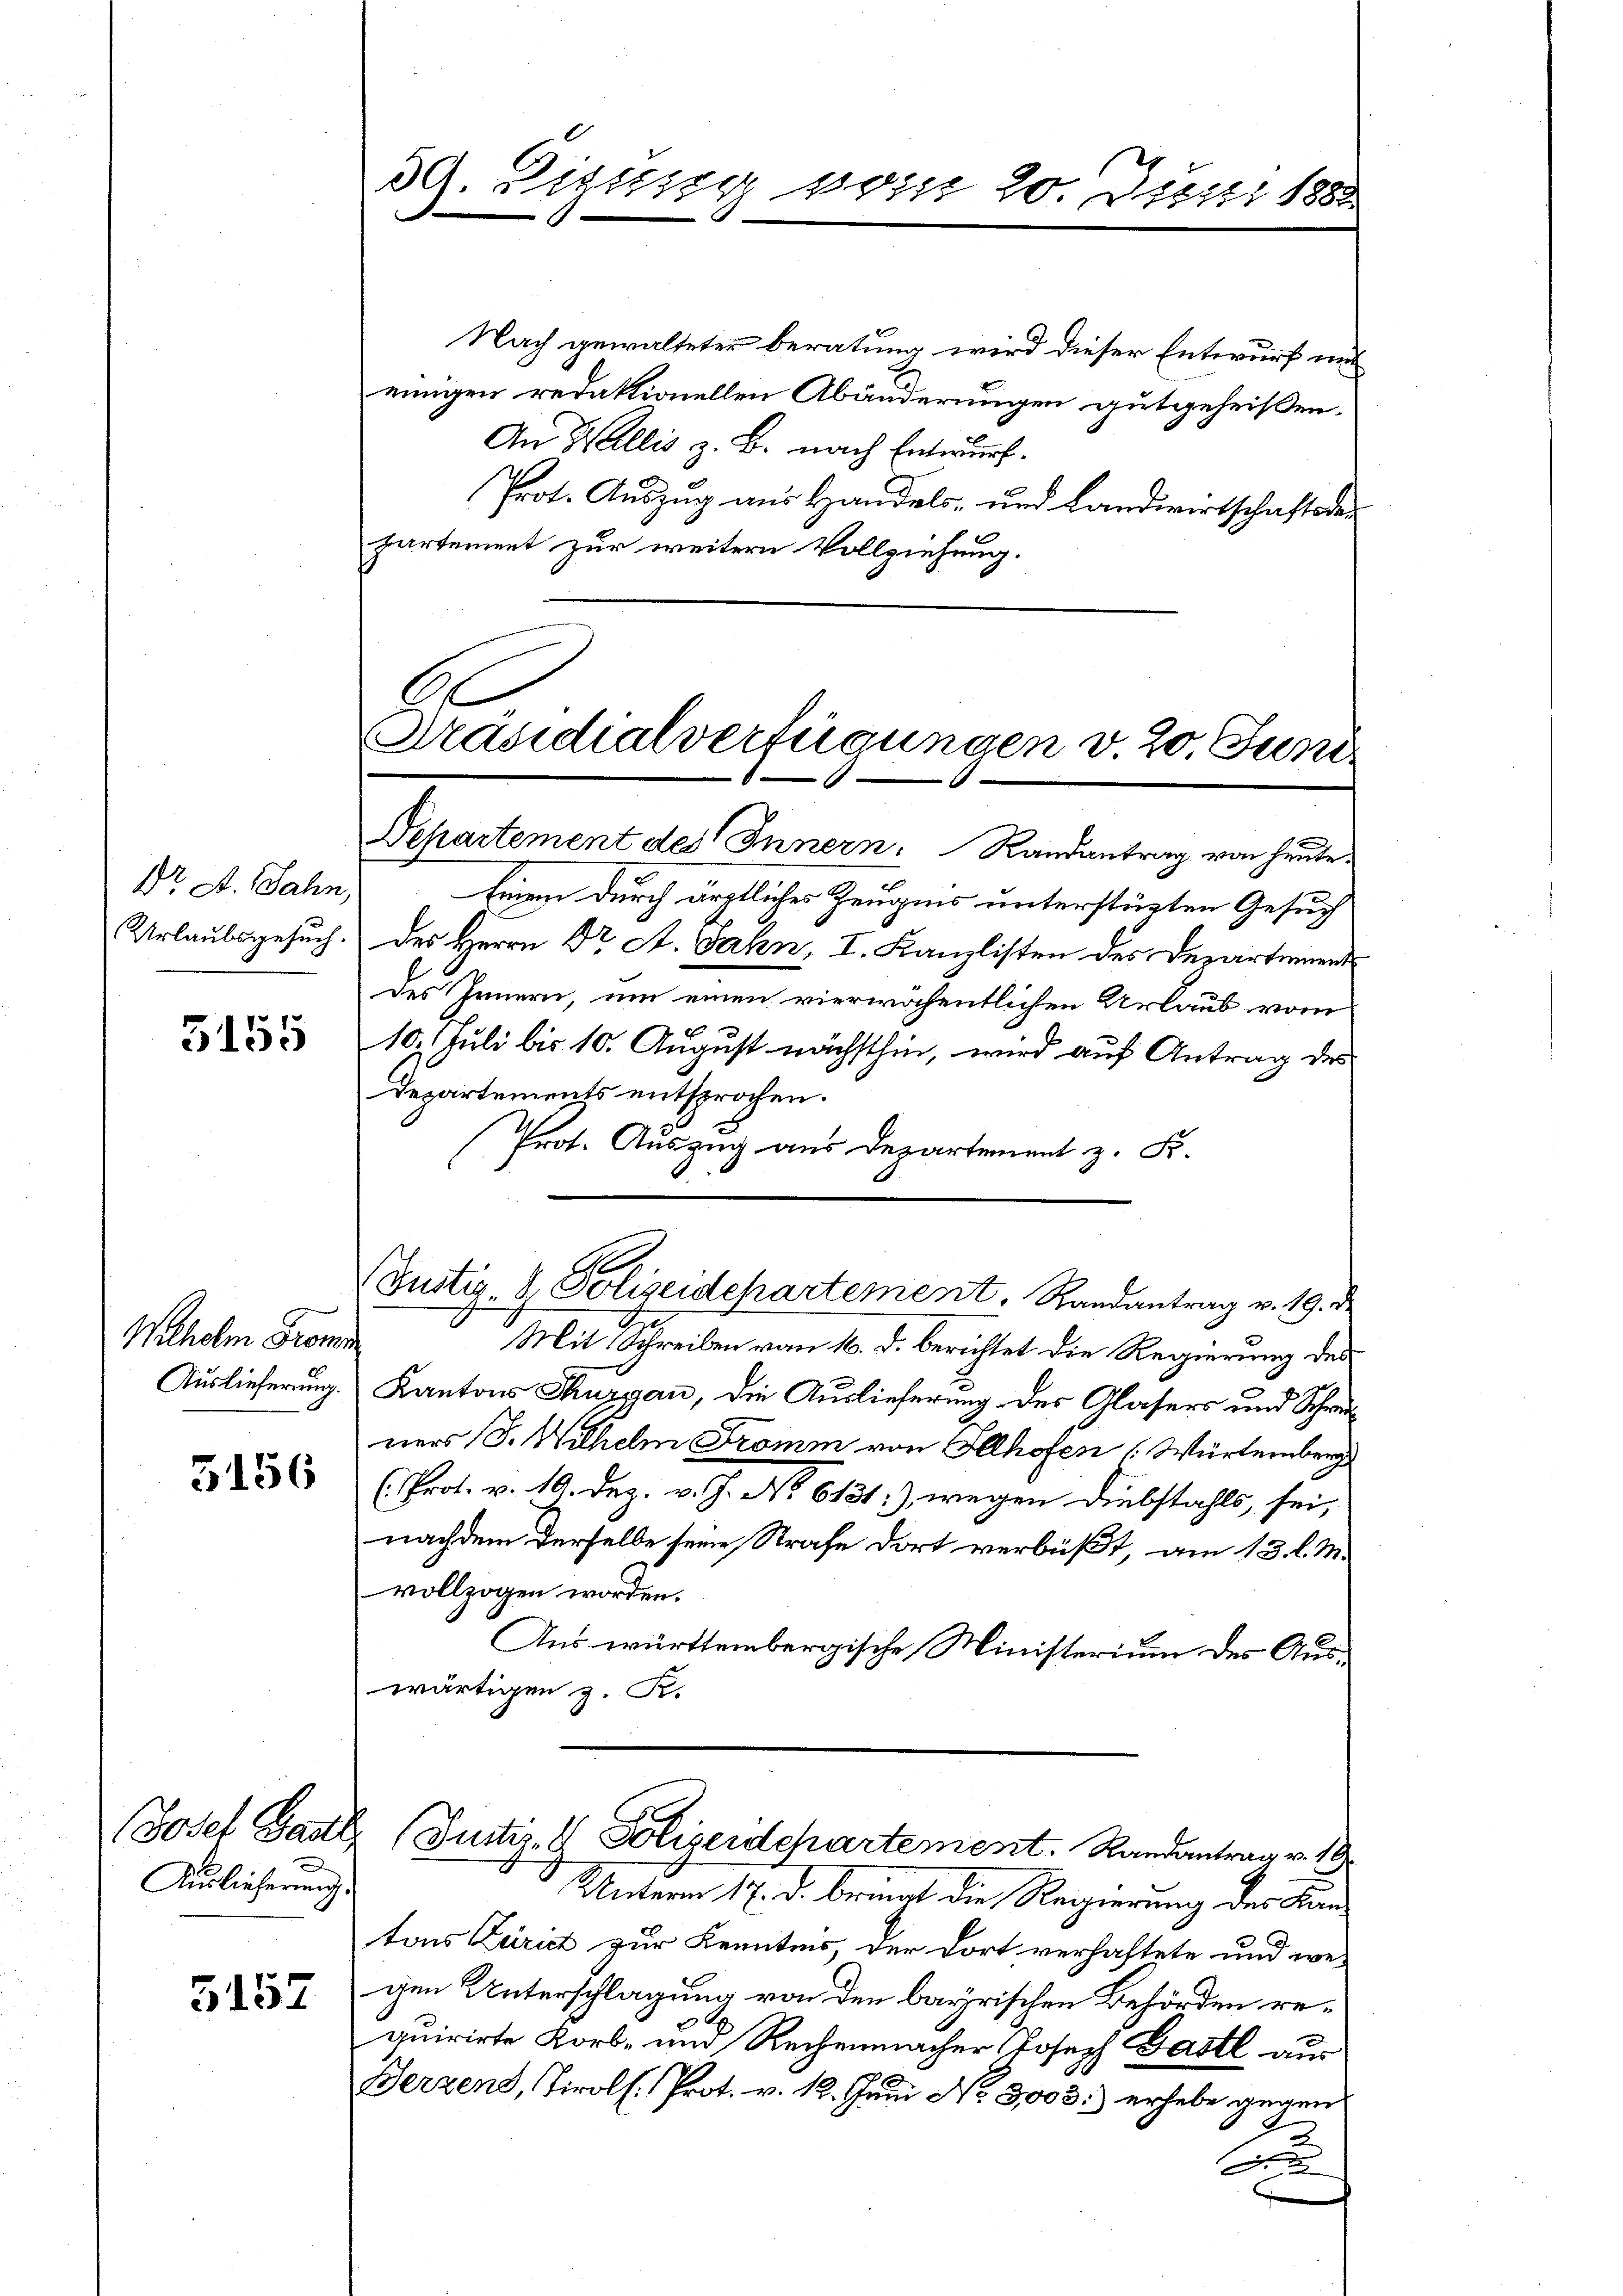
Dr A. Jahn,
Urlaubsgesuch.

3155

Watholm Frome
Auslieferung.

5156

n
Auslieferung

5157

Nach gewalteter beratung wird dieser Entwurf mi
einigen redaktionellen Abänderungen gutgeheißen.
An Wallis z. B. nach Entwurf.
Prot. Auszug aus Handels- und Landwirtschaftsde
partement zur weitern Vollziehung.

39. Disse vom 20. Juni 1888.

Präsidialverfügungen v. 20. Juni

Prot. Auszug aus Departement z. Fr.
Mit Schreiben vom 16. d. berichtet die Regierung des
Kantons Thurgau, die Auslieferung des Glasers und Schreiners (S. Wilhelm Fromm von Illhofen Würtemberg
(Prot. v. 19. Dez. v. J. No 6131) wegen Diebstahls, sei,
nachdem derselbe seine Strafe dort verbüßt, am 13. l. M.
vollzogen worden.
Aus württembergische Ministerium des Auswärtigen z. R.
Josef Gast, (Justiz- & Polizeidepartement. Randantrag v. 19
Unterm 17. d. bringt die Regierung des Kan
tons Zürich zur Kenntnis, der dort verhaftete und wegen Unterschlagung von den bayrischen Behörden requirirte Korb- und Rechenmacher Joseph Gastl aus
Berzens, Tirol. Prot. v. 12. Juni No 3,003.) erhebe gegen
A

Departement des Innern. Randantrag von heute.
Einem durch ärztliches Zeugnis unterstügten Gesuch
des Herrn Dr A. Jahn, I. Kanzlisten des Departement
des Innern, um einen vierwöchentlichen Urlaub vom
10. Juli bis 10. August nächsthin, wird auf Antrag des
Departements entsprochen.

Justiz- & Polizeidepartement, Randantrag v. 19. de